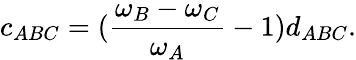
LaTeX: c_{ABC}=(\frac{\omega_{B}-\omega_{C}}{\omega_{A}}-1)d_{ABC}.